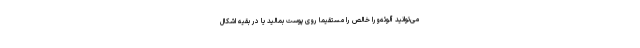
می‌توانید آلوئه‌ورا خالص را مستقیماً روی پوست بمالید یا در بقیه اشکال